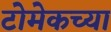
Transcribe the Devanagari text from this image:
टोमेकच्या